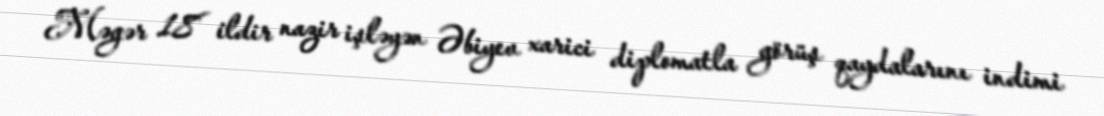
Məgər 18 ildir nazir işləyən Əbiyev xarici diplomatla görüş qaydalarını indimi